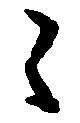
々